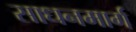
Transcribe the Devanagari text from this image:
साधनमार्ग